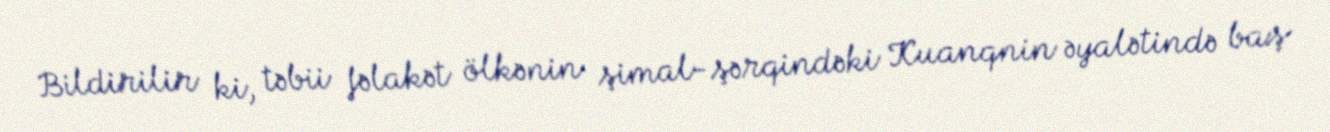
Bildirilir ki, təbii fəlakət ölkənin şimal-şərqindəki Kuanqnin əyalətində baş